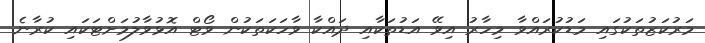
މަރުކަޒުތަކުގައި މަޑުކުރައްވާ މިހާރު އިވޭ އަޑުތަކާއި ދައްކާ ވާހަކަތަކުން ވޯޓް އޮޅުވާލުމަށްޓަކައި ކުރާނެ